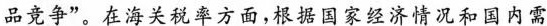
品竞争”。在海关税率方面，根据国家经济情况和国内需